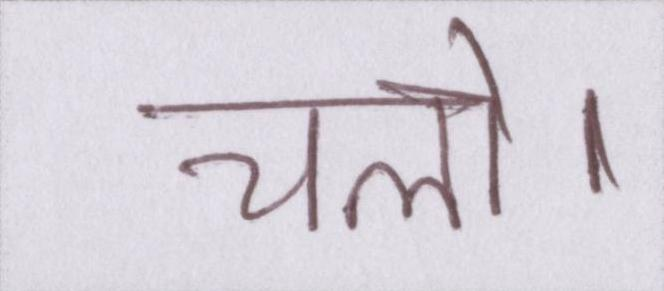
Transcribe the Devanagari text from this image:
चलो।